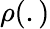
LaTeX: \rho(.)